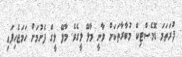
ފުރަތަމަ ޑޮމެސްޓިކް މުބާރާތަކަށް ވާނީ މާލޭ ލީގެވެ. މާލޭ ލީގް ފެށުމަށް ހަމަޖެހިފައި